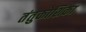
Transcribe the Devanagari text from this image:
तंतुकोशिका